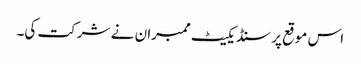
‌‌‌ اس موقع پر سنڈیکیٹ ممبرا ن نے شرکت کی۔